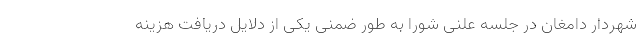
شهردار دامغان در جلسه علنی شورا به طور ضمنی یکی از دلایل دریافت هزینه